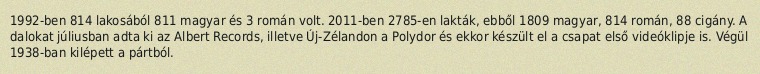
1992-ben 814 lakosából 811 magyar és 3 román volt. 2011-ben 2785-en lakták, ebből 1809 magyar, 814 román, 88 cigány. A dalokat júliusban adta ki az Albert Records, illetve Új-Zélandon a Polydor és ekkor készült el a csapat első videóklipje is. Végül 1938-ban kilépett a pártból.